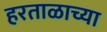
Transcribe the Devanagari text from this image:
हरताळाच्या